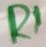
Text: R1